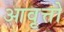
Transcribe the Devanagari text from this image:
आवृत्तो